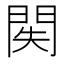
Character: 𨳺